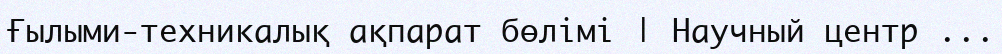
Ғылыми-техникалық ақпарат бөлімі | Научный центр ...